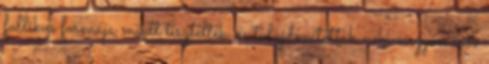
fallikus formája miatt tisztelték, és tulajdonítottak neki nagyon erős